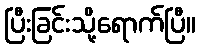
ပြီးခြင်းသို့ရောက်ပြီ။